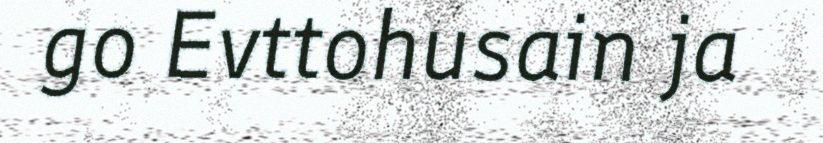
go Evttohusain ja